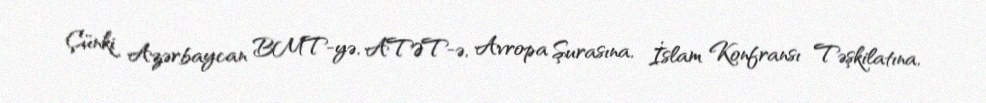
Çünki Azərbaycan BMT-yə, ATƏT-ə, Avropa Şurasına, İslam Konfransı Təşkilatına,